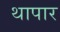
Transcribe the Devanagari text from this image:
थापार